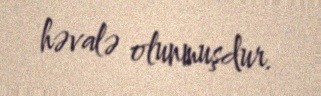
həvalə olunmuşdur.